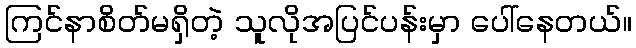
ကြင်နာစိတ်မရှိတဲ့ သူလိုအပြင်ပန်းမှာ ပေါ်နေတယ်။